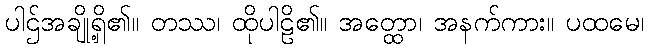
ပါဌ်အချို့ရှိ၏။ တဿ၊ ထိုပါဠိ၏။ အတ္ထော၊ အနက်ကား။ ပထမေ၊